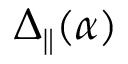
\Delta _ { \parallel } ( \alpha )